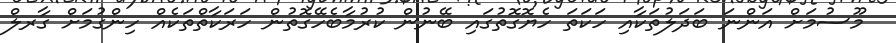
މޫސުމަށް އަންނަ ބަދަލުތަކާއި ހަކަތަ ހެޔޮގޮތުގައި ބޭނުން ކުރުމާބެހޭގޮތުން ހަރަކާތްތަކެއް ހިންގުމަށް ގާރލް